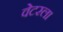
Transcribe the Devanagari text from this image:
वेटरला